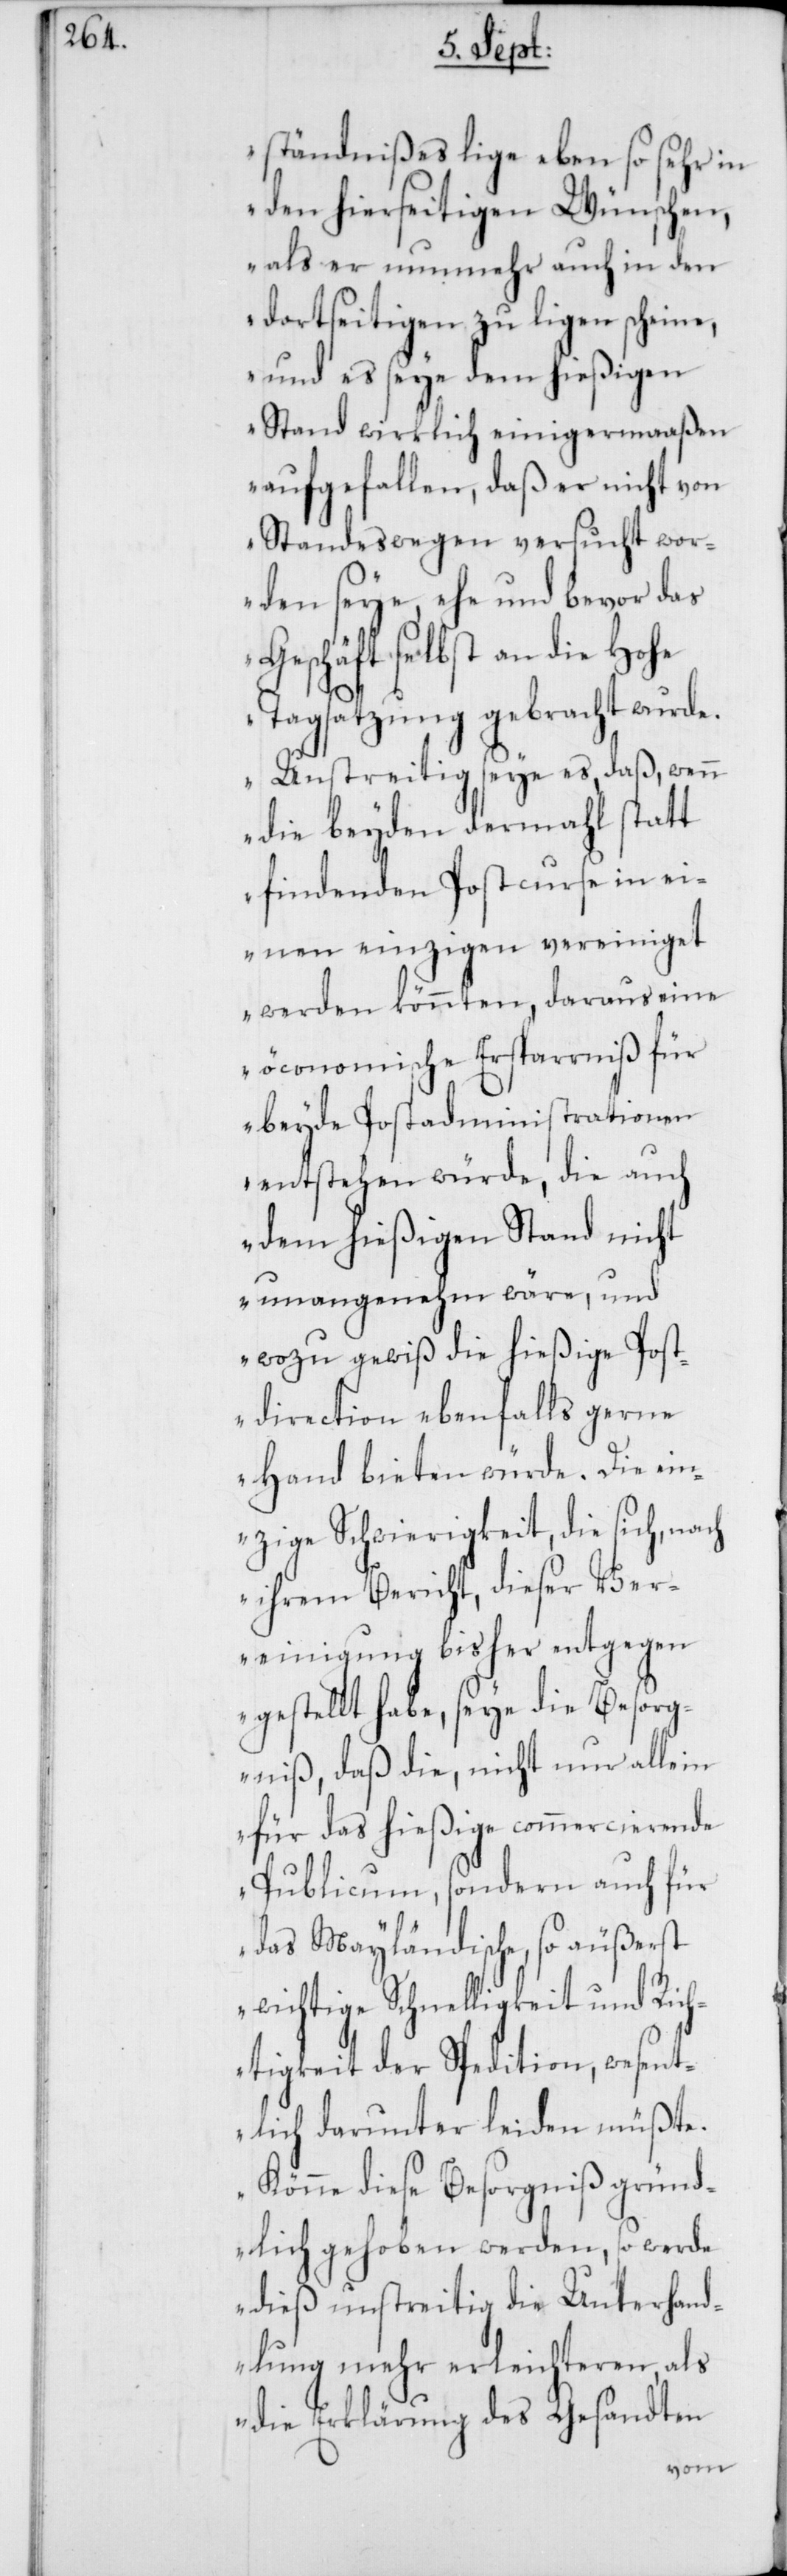
ständnißes lige eben so sehr in
den hierseitigen Wünschen,
als er nunmehr auch in den
dortseitigen zu ligen scheine,
und es seye dem hießigen
Stand wirklich einigermaaßen
aufgefallen, daß er nicht von
Standes wegen versucht wor¬
den seye, ehe und bevor das
Geschäft selbst an die Hohe
Tagsatzung gebracht wurde.
Unstreitig seye es, daß, wenn
die beyden dermahl statt
findenden Postcurse in ei¬
nen einzigen vereiniget
werden könnten, daraus eine
öconomische Ersparniß für
beyde Postadministrationen
entstehen würde, die auch
dem hießigen Stand nicht
unangenehm wäre, und
wozu gewiß die hießige Post¬
direction ebenfalls gerne
Hand bieten würde. Die ein¬
zige Schwierigkeit, die sich, nach
ihrem Bericht, dieser Ver¬
einigung bisher entgegen
gestellt habe, seye die Besorg¬
niß, daß die, nicht nur allein
für das hießige commercierende
Publicum, sondern auch für
das Mayländische, so äußerst
wichtige Schnelligkeit und Rich¬
tigkeit der Spedition, wesent¬
lich darunter leiden müßte.
Könne diese Besorgniß gründ¬
lich gehoben werden, so werde
dieß unstreitig die Unterhand¬
lung mehr erleichteren, als
die Erklärung des Gesandten